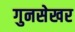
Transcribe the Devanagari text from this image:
गुनसेखर